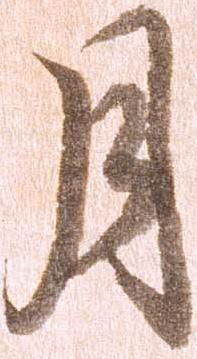
月